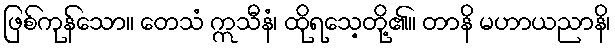
ဖြစ်ကုန်သော။ တေသံ ဣသီနံ၊ ထိုရသေ့တို့၏။ တာနိ မဟာယညာနိ၊